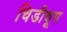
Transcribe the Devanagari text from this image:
चिडीचूप